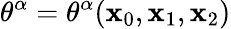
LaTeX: \theta^{\alpha}=\theta^{\alpha}(\mathbf{x}_{0},\mathbf{x}_{1},\mathbf{x}_{2})